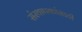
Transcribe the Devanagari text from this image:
संस्थापकांसाठी